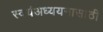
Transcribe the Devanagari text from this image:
स्वयंअध्ययनासाठी